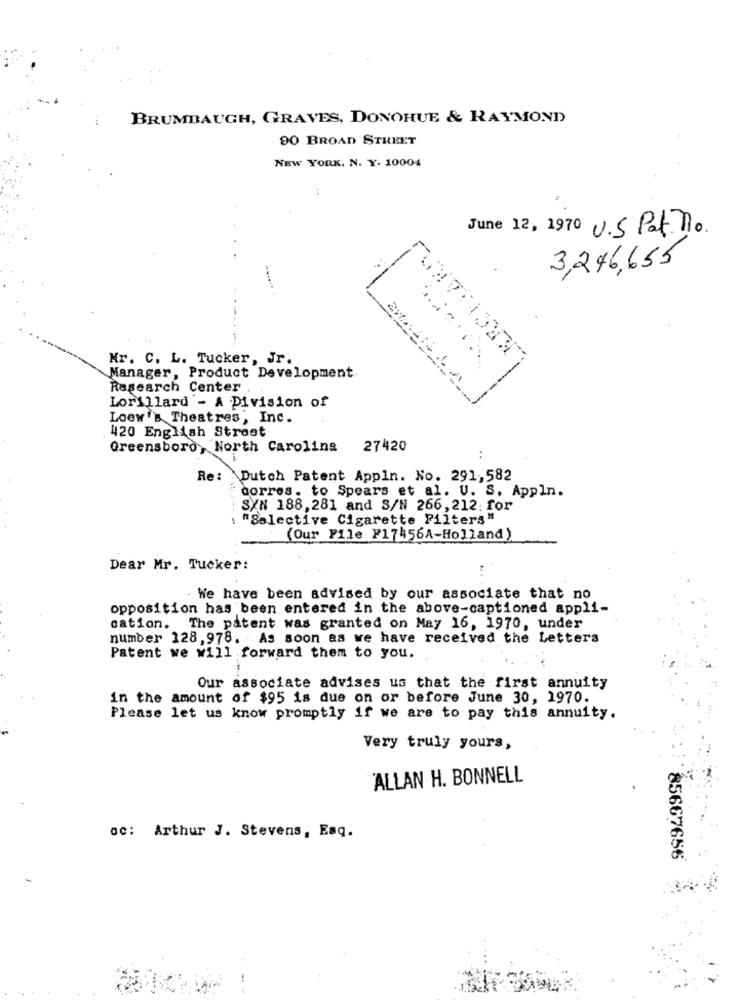
BRUMBAUGH, GRAVES, DONOHUE & RAYMOND
90 BROAD STREET
NEW YORK, N. Y. 10004
June 12, 1970 U.S Pat. no.
3,246,655
Mr. C. L. Tucker, Jr.
Manager, Product Development
Research Center
Lorillard'- A Division of
Loew 's Theatres, Inc.
420 English Street
Greensboro, North Carolina 27420
. .
Re: Dutch Patent Appln. No. 291,582
corres. to Spears et al. U. S. Appln.
SXN 188,281 and S/N 266, 212: for
"Selective Cigarette Pilters"
(Our File F17456A-Holland)
Dear Mr. Tucker:
We have been advised by our associate that no
opposition has been entered in the above-captioned appli-
cation. The patent was granted on May 16, 1970, under
number 128,978. As soon as we have received the Letters
Patent we will forward them to you.
Our associate advises us that the first annuity
in the amount of $95 is due on or before June 30, 1970.
Please let us know promptly if we are to pay this annuity.
Very truly yours,
ALLAN H. BONNELL
ac: Arthur J. Stevens, Esq.
85667656